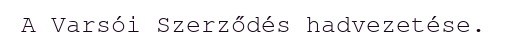
A Varsói Szerződés hadvezetése.